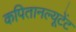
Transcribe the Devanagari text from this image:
कपितानल्यूटेंट